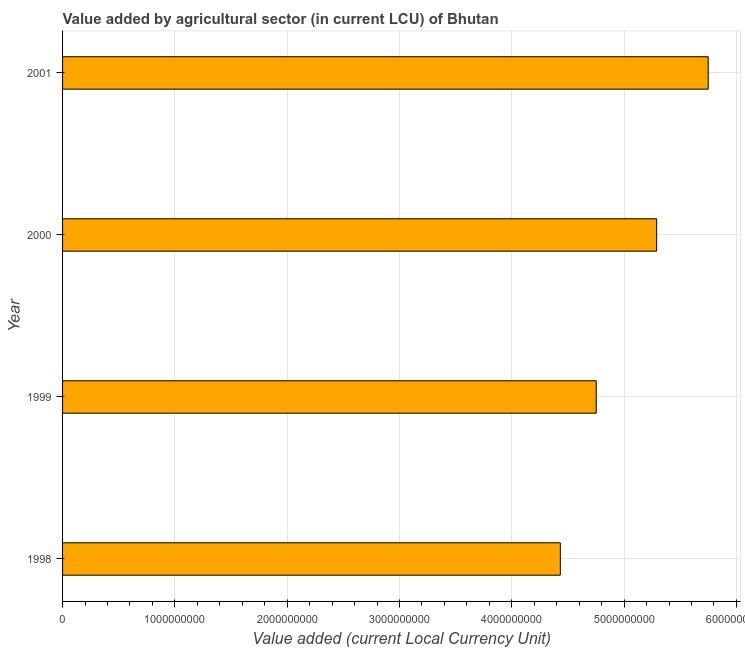
| Year | Agriculture |
 | --- | --- |
 | 1998 | 4.43e+09 |
 | 1999 | 4.75e+09 |
 | 2000 | 5.29e+09 |
 | 2001 | 5.75e+09 |